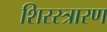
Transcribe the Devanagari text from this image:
शिरस्त्रारण